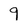
Character: 9